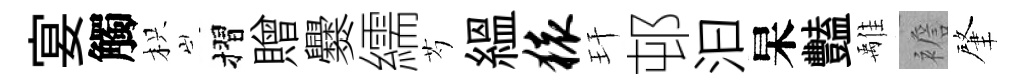
宴觸枳摺贈爨繻芍緼猿玕邨汩杲豔𩀌襜肇